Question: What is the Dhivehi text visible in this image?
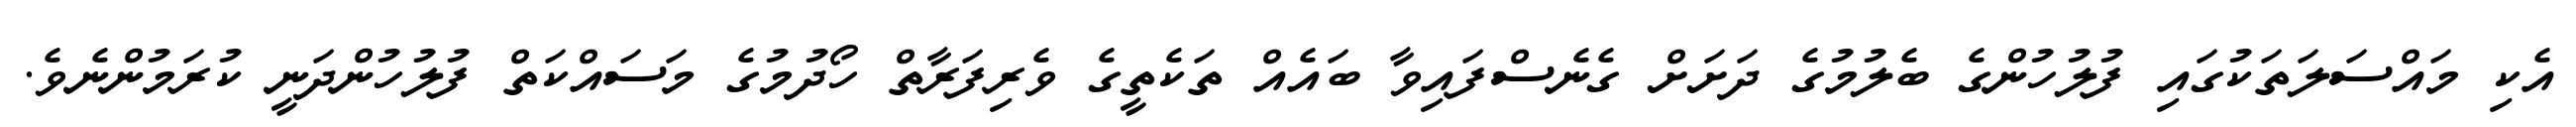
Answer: އެކި މައްސަލަތަކުގައި ފުލުހުންގެ ބެލުމުގެ ދަށަށް ގެނެސްފައިވާ ބައެއް ތަކެތީގެ ވެރިފަރާތް ހޯދުމުގެ މަސައްކަތް ފުލުހުންދަނީ ކުރަމުންނެވެ.